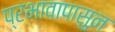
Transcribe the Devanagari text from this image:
प्रभावापासुन